Lunatic asylums Madras 1892-1911 - 1892-1911
Year: 1892
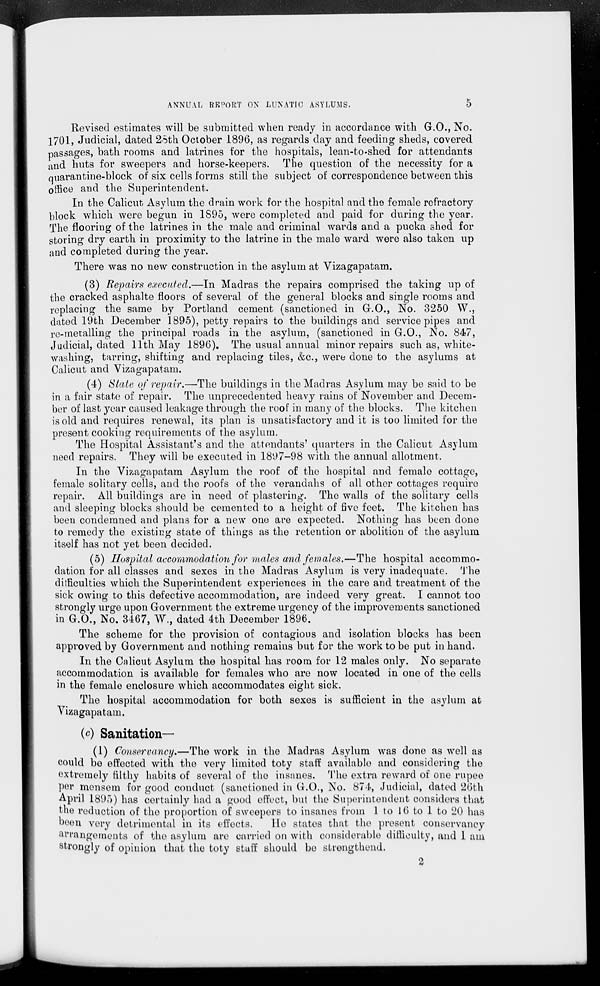
ANNUAL REPORT ON LUNATIC ASYLUMS.
Revised estimates will be submitted when ready in accordance with G.O., No.
1701, Judicial, dated 2oth October 1896, as regards day and feeding sheds, covered
passages, bath rooms and latrines for the hospitals, lean-to-shed for attendants
and huts for sweepers and horse-keepers. The question of the necessity for a
quarantine-block of six cells forms still the subject of correspondence between this
office and the Superintendent.
In the Calicut Asylum the drain work for the hospital and th9 female refractory
block which were begun in 1895, were completed and paid for during the year.
The flooring of the latrines in the male and criminal wards and a pucka shed for
storing dry earth in proximity to the latrine in the male ward were also taken up
and completed during the year.
There was no new construction in the asylum at Vizagapatam.
(3) Repairs executed.—In Madras the repairs comprised the taking up of
the cracked asphalte floors of several of the general blocks and single rooms and
replacing the same by Portland cement (sanctioned in G.O., No. 3250 W.,
dated 19th December 1895), petty repairs to the buildings and service pipes and
re-metalling the principal roads in the asylum, (sanctioned in G.O., No. 847,
Judicial, dated 11th May 1896). The usual annual minor repairs such as, white-
washing, tarring, shifting and replacing tiles, &c, were done to the asylums at
Calicut and Vizagapatam.
(4) State of repair.—The buildings in the Madras Asylum may be said to be
in a fair state of repair. The unprecedented heavy rains of November and Decem-
ber of last year caused leakage through the roof in many of the blocks. The kitchen
is old and requires renewal, its plan is unsatisfactory and it is too limited for the
present cooking requirements of the asylum.
The Hospital Assistant's and the attendants' quarters in the Calicut Asylum
need repairs. They will be executed in 1897-98 with the annual allotment.
In the Vizagapatam Asylum the roof of the hospital and female cottage,
female solitary cells, and the roofs of the verandahs of all other cottages require
repair. All buildings are in need of plastering. The walls of the solitary cells
and sleeping blocks should be cemented to a height of five feet. The kitchen has
been condemned and plans for a new one are expected. Nothing has been done
to remedy the existing state of things as the retention or abolition of the asylum
itself has not yet been decided.
(5) Hospital accommodation for males and females.—The hospital accommo-
dation for all classes and sexes in the Madras Asylum is very inadequate. The
dilficulties which the Superintendent experiences in the care and treatment of the
sick owing to this defective accommodation, are indeed very great. I cannot too
strongly urge upon Government the extreme urgency of the improvements sanctioned
in G.O., No. 3467, W., dated 4th December 1896.'
The scheme for the provision of contagious and isolation blocks has been
approved by Government and nothing remains but for the work to be put in hand.
In the Calicut Asylum the hospital has room for 12 males only. No separate
accommodation is available for females who are now located in one of the cells
in the female enclosure which accommodates eight sick.
The hospital accommodation for both sexes is sufficient in the asylum at
Vizagapatam.
(c) Sanitation—
(1) Conservancy.—The work in the Madras Asylum was done as well as
could be effected with the very limited toty staff available and considering the
extremely filthy habits of several of the insanes. The extra reward of one rupee
per mensem for good conduct (sanctioned in G.O., No. 874, Judicial, dated 26th
April 1895) has certainly had a good effect, but the Superintendent considers that
the reduction of the proportion of sweepers to insanes from 1 to 16 to 1 to 20 has
been very detrimental in its effects.
lie states that the present conservancy
arrangements of the asylum are carried on with considerable difficulty, and 1 am
strongly of opiuion that the toty staff' should be strengthend.